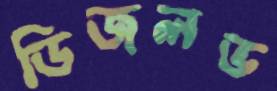
ডিজলভ